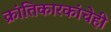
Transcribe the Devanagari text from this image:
क्रांतिकारकांचेही